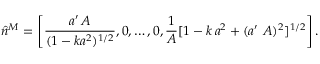
\hat { n } ^ { M } = \left[ \frac { a ^ { \prime } \, A } { ( 1 - k a ^ { 2 } ) ^ { 1 / 2 } } , 0 , \dots , 0 , \frac { 1 } { A } [ 1 - k \, a ^ { 2 } + ( a ^ { \prime } \, \, A ) ^ { 2 } ] ^ { 1 / 2 } \right] .